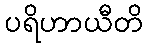
ပရိဟာယီတိ